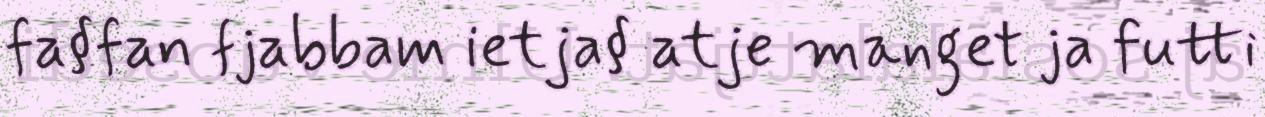
fa§fan fjabbam ietja§ atje manget ja futti